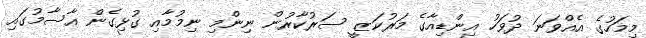
މިމަހުގެ އެއްވަނަ ދުވަހު އިންޑިއާގެ މަރުކަޒީ ސަރުކާރުން ނިންމި ނިމުމާއި ގުޅިގެން އާސާމުގައި